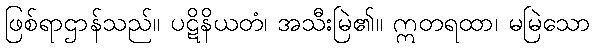
ဖြစ်ရာဌာန်သည်။ ပဋိနိယတံ၊ အသီးမြဲ၏။ ဣတရထာ၊ မမြဲသော